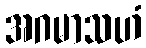
အဂမာသဟံ